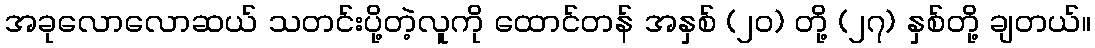
အခုလောလောဆယ် သတင်းပို့တဲ့လူကို ထောင်တန် အနှစ် (၂၀) တို့ (၂၇) နှစ်တို့ ချတယ်။